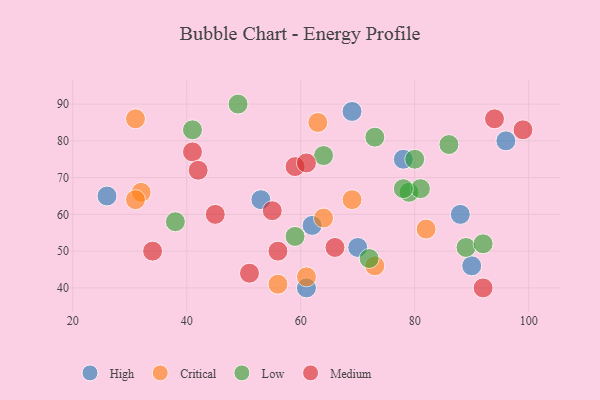
{"axis": {"x": "GDP", "y": "Life Expectancy"}, "legend": ["Critical", "High", "Low", "Medium"], "data": [{"x": "26", "y": 65, "type": "High"}, {"x": "70", "y": 51, "type": "High"}, {"x": "78", "y": 75, "type": "High"}, {"x": "88", "y": 60, "type": "High"}, {"x": "53", "y": 64, "type": "High"}, {"x": "96", "y": 80, "type": "High"}, {"x": "61", "y": 40, "type": "High"}, {"x": "69", "y": 88, "type": "High"}, {"x": "90", "y": 46, "type": "High"}, {"x": "62", "y": 57, "type": "High"}, {"x": "82", "y": 56, "type": "Critical"}, {"x": "73", "y": 46, "type": "Critical"}, {"x": "69", "y": 64, "type": "Critical"}, {"x": "31", "y": 86, "type": "Critical"}, {"x": "63", "y": 85, "type": "Critical"}, {"x": "61", "y": 43, "type": "Critical"}, {"x": "64", "y": 59, "type": "Critical"}, {"x": "32", "y": 66, "type": "Critical"}, {"x": "56", "y": 41, "type": "Critical"}, {"x": "31", "y": 64, "type": "Critical"}, {"x": "79", "y": 66, "type": "Low"}, {"x": "49", "y": 90, "type": "Low"}, {"x": "72", "y": 48, "type": "Low"}, {"x": "81", "y": 67, "type": "Low"}, {"x": "80", "y": 75, "type": "Low"}, {"x": "38", "y": 58, "type": "Low"}, {"x": "64", "y": 76, "type": "Low"}, {"x": "78", "y": 67, "type": "Low"}, {"x": "89", "y": 51, "type": "Low"}, {"x": "73", "y": 81, "type": "Low"}, {"x": "92", "y": 52, "type": "Low"}, {"x": "86", "y": 79, "type": "Low"}, {"x": "41", "y": 83, "type": "Low"}, {"x": "59", "y": 54, "type": "Low"}, {"x": "41", "y": 77, "type": "Medium"}, {"x": "56", "y": 50, "type": "Medium"}, {"x": "59", "y": 73, "type": "Medium"}, {"x": "66", "y": 51, "type": "Medium"}, {"x": "55", "y": 61, "type": "Medium"}, {"x": "45", "y": 60, "type": "Medium"}, {"x": "42", "y": 72, "type": "Medium"}, {"x": "99", "y": 83, "type": "Medium"}, {"x": "61", "y": 74, "type": "Medium"}, {"x": "92", "y": 40, "type": "Medium"}, {"x": "94", "y": 86, "type": "Medium"}, {"x": "51", "y": 44, "type": "Medium"}, {"x": "34", "y": 50, "type": "Medium"}]}